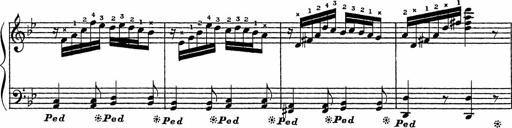
Title: Song of the River
Composer: Frederick Henry Pease